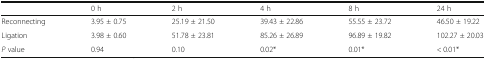
|  | 0 h | 2 h | 4 h | 8 h | 24 h |
 | --- | --- | --- | --- | --- | --- |
 | Reconnecting | 3.95 ± 0.75 | 25.19 ± 21.50 | 39.43 ± 22.86 | 55.55 ± 23.72 | 46.50 ± 19.22 |
 | Ligation | 3.98 ± 0.60 | 51.78 ± 23.81 | 85.26 ± 26.89 | 96.89 ± 19.82 | 102.27 ± 20.03 |
 | P value | 0.94 | 0.10 | 0.02* | 0.01* | < 0.01* |